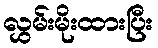
လွှမ်းမိုးထားပြီး